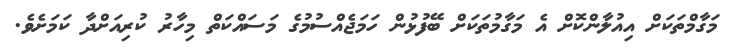
މަގާމްތަކަށް އިއުލާންކޮށް އެ މަގާމުތަކަށް ބޭފުޅުން ހަމަޖެއްސުމުގެ މަސައްކަތް މިހާރު ކުރިއަށްދާ ކަމަށެވެ.